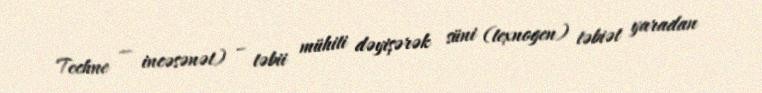
Techne — incəsənət) – təbii mühiti dəyişərək süni (texnogen) təbiət yaradan